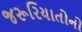
જરૂરિયાતોનો